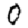
Digit: 0